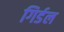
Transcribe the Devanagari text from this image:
गिर्डल